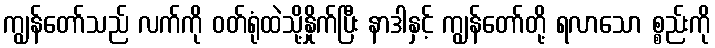
ကျွန်တော်သည် လက်ကို ဝတ်ရုံထဲသို့နှိုက်ပြီး နာဒါနှင့် ကျွန်တော်တို့ ရလာသော စ္စည်းကို